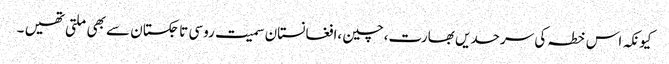
کیونکہ اس خطہ کی سرحدیں بھارت،چین ،افغانستان سمیت روسی تاجکستان سے بھی ملتی تھیں ۔